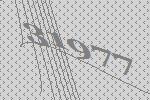
31977